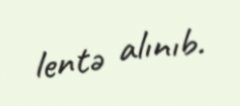
lentə alınıb.